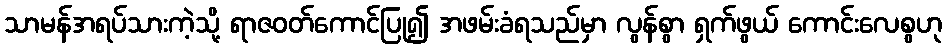
သာမန်အရပ်သားကဲ့သို့ ရာဇဝတ်ကောင်ပြု၍ အဖမ်းခံရသည်မှာ လွန်စွာ ရှက်ဖွယ် ကောင်းလေစွဟု